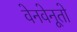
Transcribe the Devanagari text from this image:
वेनवेनूतो